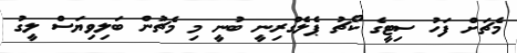
މެޗަށް ފަހު ސިޓީގެ ކޯޗު ޕެލެގްރިނީ ބުނީ މި މެޗުން ބަލިވިޔަސް ލީގު